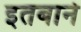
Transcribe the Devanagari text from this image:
इतबाने